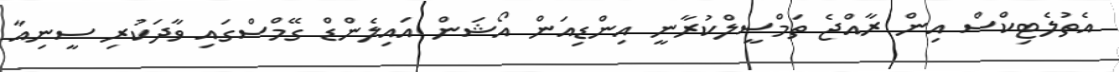
އެތުލެޓިކްސް އިން ރާއްޖެ ތަމްސީލްކުރާނީ އިންޑިއަން އޯޝަން އައިލެންޑް ގޭމްސްގައި ވާދަކުރި ސީނިއާ